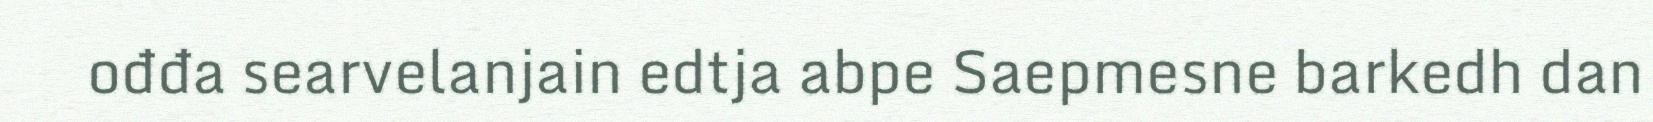
ođđa searvelanjain edtja abpe Saepmesne barkedh dan